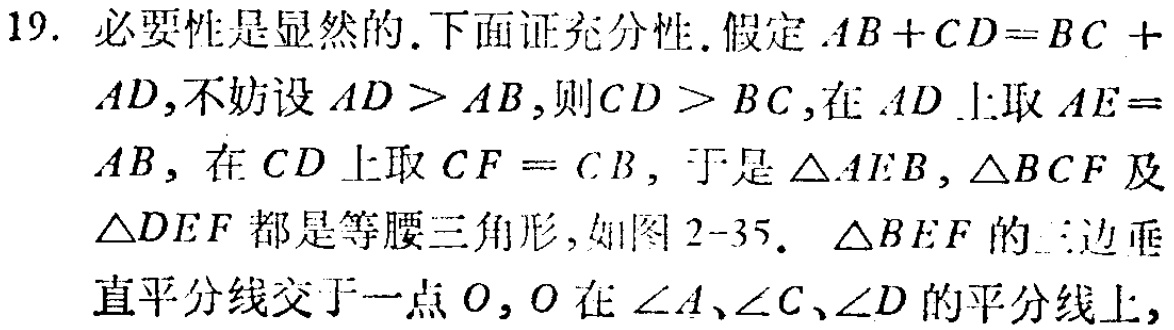
19. 必要性是显然的.下面证充分性.假定 \(AB + CD=BC + AD\),不妨设 \(AD>AB\),则 \(CD > BC\),在 \(AD\) 上取 \(AE = AB\),在 \(CD\) 上取 \(CF = CB\),于是 \(\triangle AEB\), \(\triangle BCF\) 及 \(\triangle DEF\) 都是等腰三角形,如图 2-35. \(\triangle BEF\) 的三边垂直平分线交于一点 \(O\), \(O\) 在 \(\angle A\)、\(\angle C\)、\(\angle D\) 的平分线上,